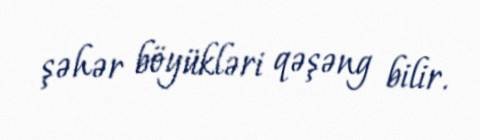
şəhər böyükləri qəşəng bilir.